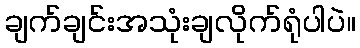
ချက်ချင်းအသုံးချလိုက်ရုံပါပဲ။